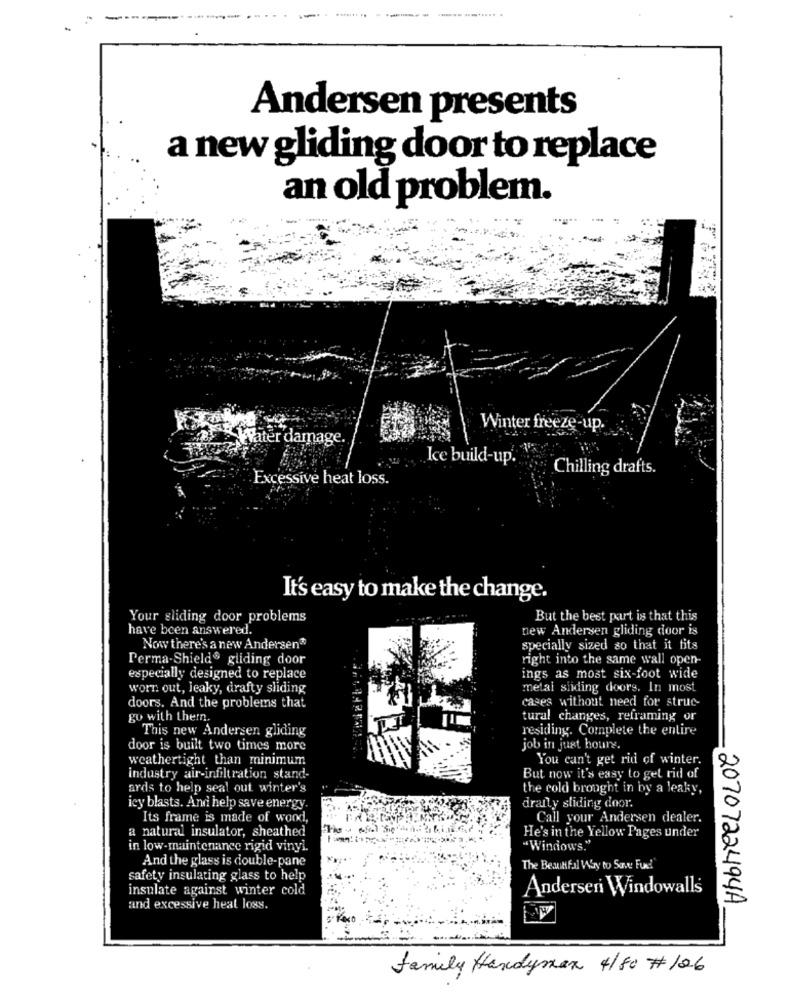
-------
Andersen presents
a new gliding door to replace
an old problem.
Winter freeze-up.
FH Water damage.
Ice build-up.
Chilling drafts.
Excessive heat loss.
It's easy to make the change.
Your sliding door problems
But the best part is that this
have been answered.
new Andersen gliding door is
Now there's a new Andersen
specially sized so that it fits
Perma-Shield gliding door
right into the same wall open-
especially designed to replace
ings as most six-foot wide
worn out, leaky, drafty sliding
metal sliding doors. In most
cases without need for struc-
doors. And the problems that
go with themn.
tural changes, reframing or
This new Andersen gliding
residing. Complete the entire
door is built two times more
job in just houre.
weathertight than minimum
You can't get rid of winter.
industry air-infiltration stand-
But now it's easy to get rid of
ards to help seal out winter's
the cold brought in by a leaky,
icy blasts. And help save energy.
dranly sliding door.
Its frame is made of wood,
Call your Andersen dealer.
a natural insulator, sheathed
He's in the Yellow Pages under
in low-maintenance rigid vinyl.
"Windows."
And the glass is double-pane
The BeautiFal Way to Save Fuel
safety insulating glass to help
insulate against winter cold
Anderseri Windowalls
:2070722494A
and excessive heat loss.
family Handyman 4/80 # 126